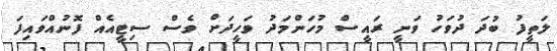
ލަތީފު ބުދަ ދުވަހު ވަނީ ރައީސް މުހަންމަދު ވަހީދަށް ވެސް ސިޓީއެއް ފޮނުއްވައިފަ